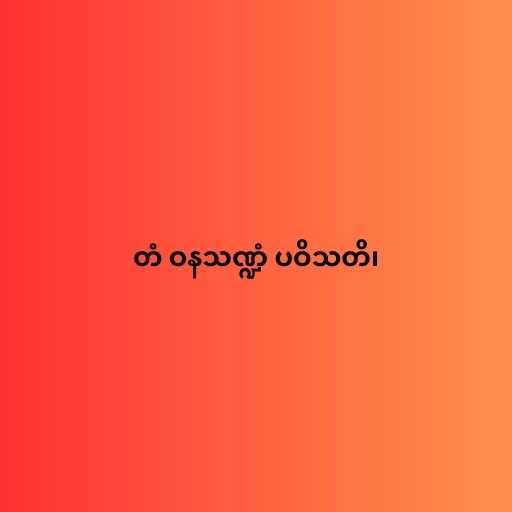
တံ ဝနသဏ္ဍံ ပဝိသတိ၊